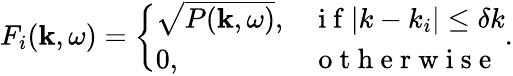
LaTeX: F_{i}(\mathbf{k},\omega)=\left\{ \begin{array}{ll}{\sqrt{P(\mathbf{k},\omega)},}&{\mathrm{~i~f~}|k-k_{i}|\leq\delta k}\\ {0,}&{\mathrm{~o~t~h~e~r~w~i~s~e~}}\end{array}\right..